Observations on rabies - Number 36
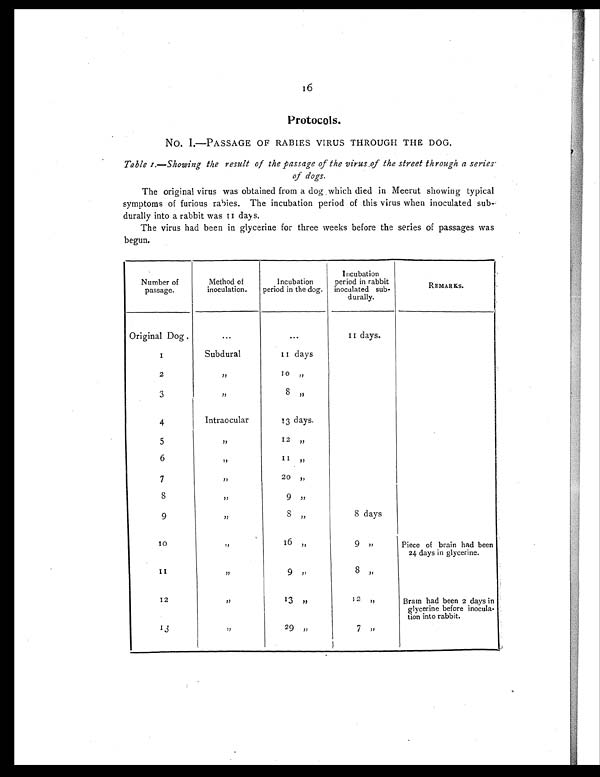
16
Protocols .
NO. I.—PASSAGE OF RABIES VIRUS THROUGH THE DOG.
Table I.— Showing the result of the passage of the virus,of the street through a series
of dogs.
The original virus was obtained from a dog which died in Meerut showing typical
symptoms of furious rabies. The incubation period of this virus when inoculated sub-
durally into a rabbit was 11 days.
The virus had been in glycerine for three weeks before the series of passages was
begun.
Number of
passage.
Method of
inoculation.
Incubation
period in the dog.
Incubation
period in rabbit
inoculated sub-
durally.
REMARKS.
Original Dog .
. . .
...
11 days.
1
Subdural
11 days
2
, ,
1 0 , ,
3
,,
8 , ,
4
Intraocular
13 days.
5
, ,
12 „
6
, ,
11 „
7
, ,
20 „
8
,,
9 , ,
9
,,
8 „
8 days
10
,,
16 ,,
9 ,,
Piece of brain had been
24 days in glycerine.
1 1
, ,
9 , ,
8 ,,
12
,,
1 3 , ,
12 „
Brain had been 2 days in
glycerine before inocula-
tion into rabbit.
13
,,
29 „
7 ,,